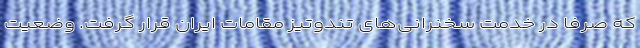
که صرفاً در خدمت سخنرانی‌های تندوتیز مقامات ایران قرار گرفت. وضعیت